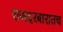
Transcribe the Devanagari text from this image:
राजदरबारातच